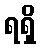
ရရှိ